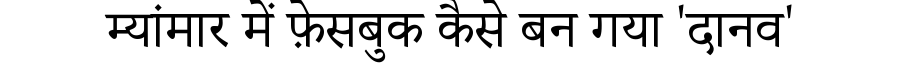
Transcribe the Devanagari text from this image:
म्यांमार में फ़ेसबुक कैसे बन गया 'दानव'